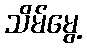
သိမ်မွေ့